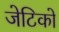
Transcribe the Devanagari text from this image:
जेटिको